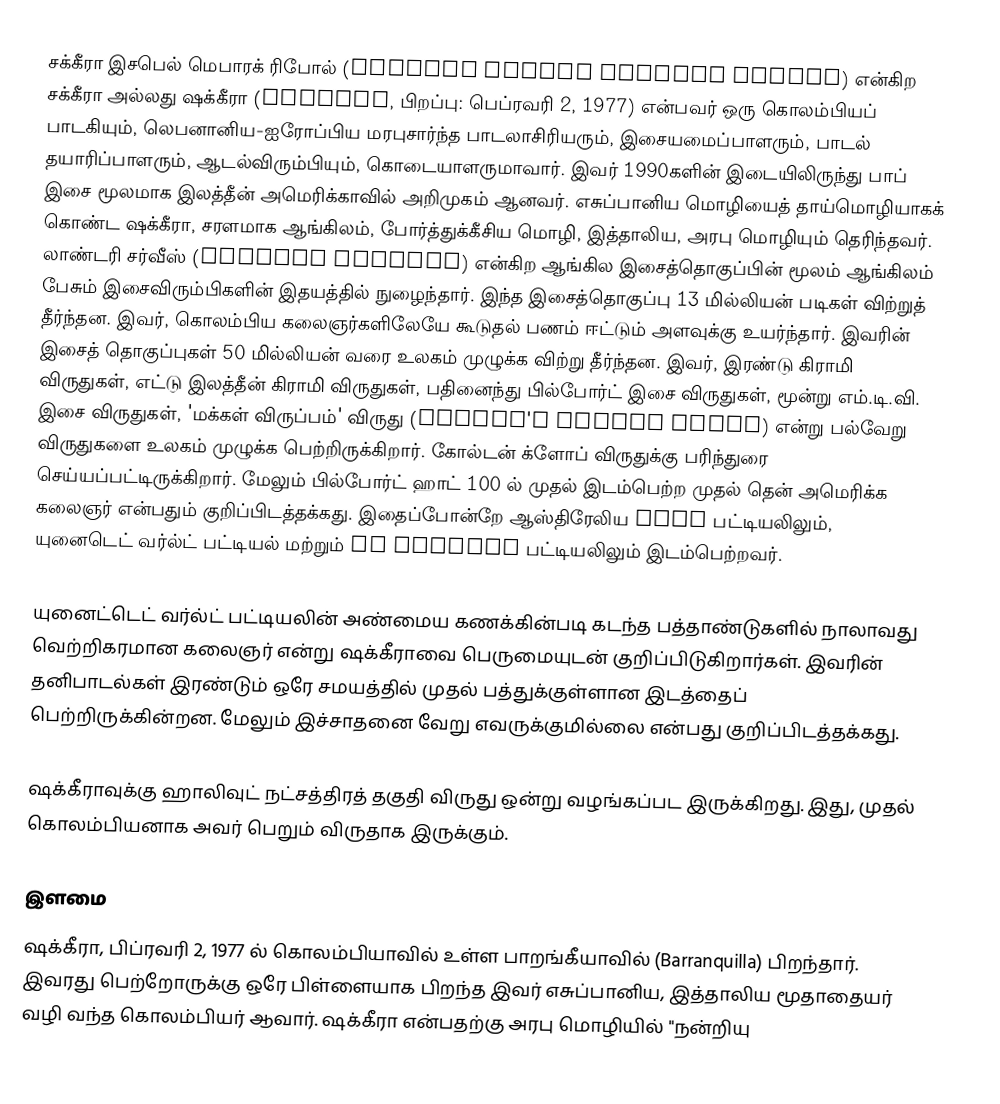
சக்கீரா இசபெல் மெபாரக் ரிபோல் (Shakira Isabel Mebarak Ripoll) என்கிற சக்கீரா அல்லது ஷக்கீரா (Shakira, பிறப்பு: பெப்ரவரி 2, 1977) என்பவர் ஒரு கொலம்பியப் பாடகியும், லெபனானிய-ஐரோப்பிய மரபுசார்ந்த பாடலாசிரியரும், இசையமைப்பாளரும், பாடல் தயாரிப்பாளரும், ஆடல்விரும்பியும், கொடையாளருமாவார். இவர் 1990களின் இடையிலிருந்து பாப் இசை மூலமாக இலத்தீன் அமெரிக்காவில் அறிமுகம் ஆனவர். எசுப்பானிய மொழியைத் தாய்மொழியாகக் கொண்ட ஷக்கீரா, சரளமாக ஆங்கிலம், போர்த்துக்கீசிய மொழி, இத்தாலிய, அரபு மொழியும் தெரிந்தவர். லாண்டரி சர்வீஸ் (Laundry Service) என்கிற ஆங்கில இசைத்தொகுப்பின் மூலம் ஆங்கிலம் பேசும் இசைவிரும்பிகளின் இதயத்தில் நுழைந்தார். இந்த இசைத்தொகுப்பு 13 மில்லியன் படிகள் விற்றுத் தீர்ந்தன. இவர், கொலம்பிய கலைஞர்களிலேயே கூடுதல் பணம் ஈட்டும் அளவுக்கு உயர்ந்தார். இவரின் இசைத் தொகுப்புகள் 50 மில்லியன் வரை உலகம் முழுக்க விற்று தீர்ந்தன. இவர், இரண்டு கிராமி விருதுகள், எட்டு இலத்தீன் கிராமி விருதுகள், பதினைந்து பில்போர்ட் இசை விருதுகள், மூன்று எம்.டி.வி. இசை விருதுகள், 'மக்கள் விருப்பம்' விருது (People's Choice Award) என்று பல்வேறு விருதுகளை உலகம் முழுக்க பெற்றிருக்கிறார். கோல்டன் க்ளோப் விருதுக்கு பரிந்துரை செய்யப்பட்டிருக்கிறார். மேலும் பில்போர்ட் ஹாட் 100 ல் முதல் இடம்பெற்ற முதல் தென் அமெரிக்க கலைஞர் என்பதும் குறிப்பிடத்தக்கது. இதைப்போன்றே ஆஸ்திரேலிய ARIA பட்டியலிலும், யுனைடெட் வர்ல்ட் பட்டியல் மற்றும் UK Singles பட்டியலிலும் இடம்பெற்றவர்.

யுனைட்டெட் வர்ல்ட் பட்டியலின் அண்மைய கணக்கின்படி கடந்த பத்தாண்டுகளில் நாலாவது வெற்றிகரமான கலைஞர் என்று ஷக்கீராவை பெருமையுடன் குறிப்பிடுகிறார்கள். இவரின் தனிபாடல்கள் இரண்டும் ஒரே சமயத்தில் முதல் பத்துக்குள்ளான இடத்தைப் பெற்றிருக்கின்றன. மேலும் இச்சாதனை வேறு எவருக்குமில்லை என்பது குறிப்பிடத்தக்கது.

ஷக்கீராவுக்கு ஹாலிவுட் நட்சத்திரத் தகுதி விருது ஒன்று வழங்கப்பட இருக்கிறது. இது, முதல் கொலம்பியனாக அவர் பெறும் விருதாக இருக்கும்.

இளமை
ஷக்கீரா, பிப்ரவரி 2, 1977 ல் கொலம்பியாவில் உள்ள பாறங்கீயாவில் (Barranquilla) பிறந்தார். இவரது பெற்றோருக்கு ஒரே பிள்ளையாக பிறந்த இவர் எசுப்பானிய, இத்தாலிய மூதாதையர் வழி வந்த கொலம்பியர் ஆவார். ஷக்கீரா என்பதற்கு அரபு மொழியில் "நன்றியு